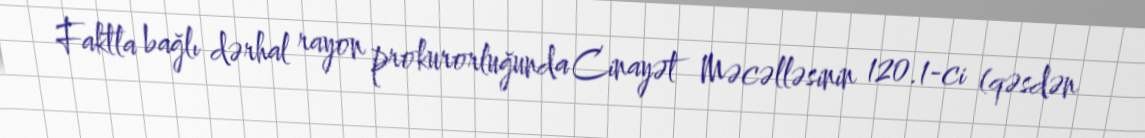
Faktla bağlı dərhal rayon prokurorluğunda Cinayət Məcəlləsinin 120.1-ci (qəsdən